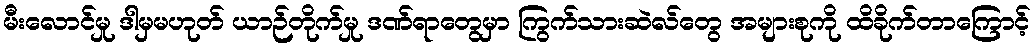
မီးလောင်မှု ဒါမှမဟုတ် ယာဉ်တိုက်မှု ဒဏ်ရာတွေမှာ ကြွက်သားဆဲလ်တွေ အများစုကို ထိခိုက်တာကြောင့်